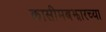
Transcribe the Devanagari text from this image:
कासीमबझारच्या